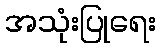
အသုံးပြုရေး